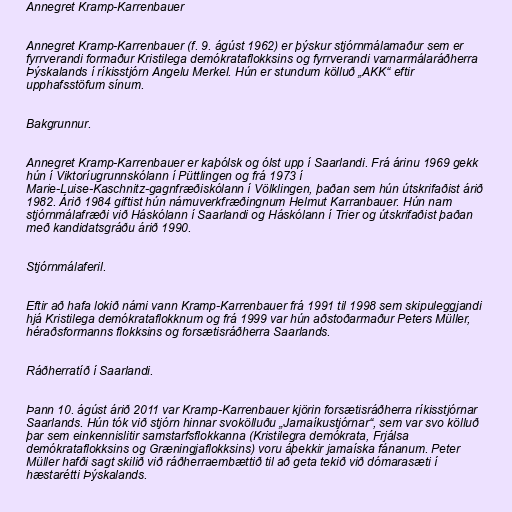
Annegret Kramp-Karrenbauer

Annegret Kramp-Karrenbauer (f. 9. ágúst 1962) er þýskur stjórnmálamaður sem er
fyrrverandi formaður Kristilega demókrataflokksins og fyrrverandi varnarmálaráðherra
Þýskalands í ríkisstjórn Angelu Merkel. Hún er stundum kölluð „AKK“ eftir
upphafsstöfum sínum.

Bakgrunnur.

Annegret Kramp-Karrenbauer er kaþólsk og ólst upp í Saarlandi. Frá árinu 1969 gekk
hún í Viktoríugrunnskólann í Püttlingen og frá 1973 í
Marie-Luise-Kaschnitz-gagnfræðiskólann í Völklingen, þaðan sem hún útskrifaðist árið
1982. Árið 1984 giftist hún námuverkfræðingnum Helmut Karranbauer. Hún nam
stjórnmálafræði við Háskólann í Saarlandi og Háskólann í Trier og útskrifaðist þaðan
með kandidatsgráðu árið 1990.

Stjórnmálaferil.

Eftir að hafa lokið námi vann Kramp-Karrenbauer frá 1991 til 1998 sem skipuleggjandi
hjá Kristilega demókrataflokknum og frá 1999 var hún aðstoðarmaður Peters Müller,
héraðsformanns flokksins og forsætisráðherra Saarlands.

Ráðherratíð í Saarlandi.

Þann 10. ágúst árið 2011 var Kramp-Karrenbauer kjörin forsætisráðherra ríkisstjórnar
Saarlands. Hún tók við stjórn hinnar svokölluðu „Jamaíkustjórnar“, sem var svo kölluð
þar sem einkennislitir samstarfsflokkanna (Kristilegra demókrata, Frjálsa
demókrataflokksins og Græningjaflokksins) voru áþekkir jamaíska fánanum. Peter
Müller hafði sagt skilið við ráðherraembættið til að geta tekið við dómarasæti í
hæstarétti Þýskalands.